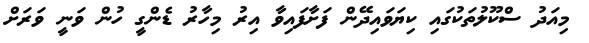
މިއަދު ސްކޫލުތަކުގައި ކިޔަވައިދޭން ފަށާފައިވާ އިރު މިހާރު ޑެންގީ ހުން ވަނީ ވަރަށް